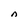
Character: n